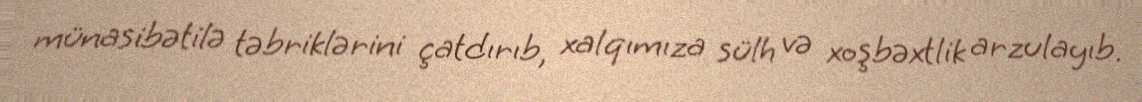
münasibətilə təbriklərini çatdırıb, xalqımıza sülh və xoşbəxtlik arzulayıb.